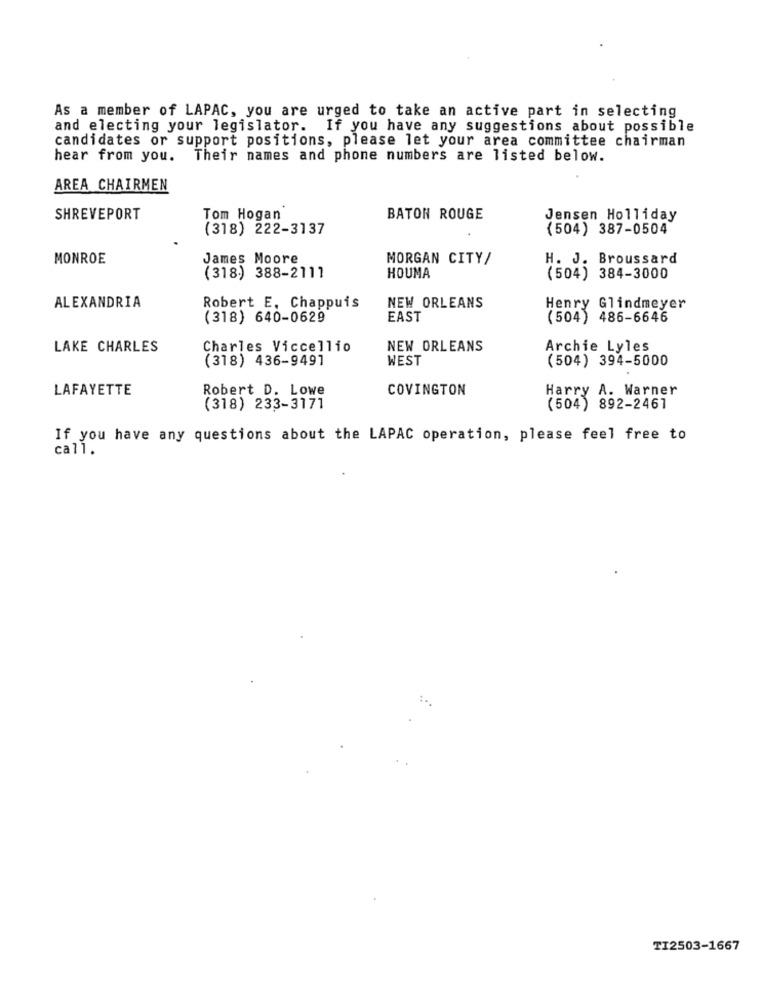
As a member of LAPAC, you are urged to take an active part in selecting
and electing your legislator. If you have any suggestions about possible
candidates or support positions, please let your area committee chairman
hear from you. Their names and phone numbers are listed below.
AREA CHAIRMEN
SHREVEPORT
Tom Hogan
BATON ROUGE
Jensen Holliday
(318) 222-3137
(504) 387-0504
MONROE
James Moore
MORGAN CITY/
H. J. Broussard
(318) 388-2111
HOUMA
(504) 384-3000
ALEXANDRIA
Robert E. Chappuis
NEW ORLEANS
Henry Glindmeyer
(318) 640-0629
EAST
(504) 486-6646
LAKE CHARLES
Charles Viccellio
NEW ORLEANS
Archie Lyles
(318) 436-9491
WEST
(504) 394-5000
LAFAYETTE
Robert D. Lowe
COVINGTON
Harry A. Warner
(318) 233-3171
(504) 892-2461
If you have any questions about the LAPAC operation, please feel free to
call.
TI2503-1667